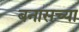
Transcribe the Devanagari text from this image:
बनासच्या